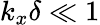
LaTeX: k_{x}\delta\ll 1